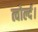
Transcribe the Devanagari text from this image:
त्वोर्ल्द।